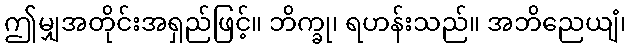
ဤမျှအတိုင်းအရှည်ဖြင့်။ ဘိက္ခု၊ ရဟန်းသည်။ အဘိညေယျံ၊